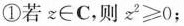
①若z\in C，则$$z _ { 2 } ≥ 0$$；